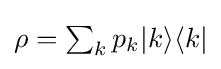
{\textstyle \rho =\sum _{k}p_{k}|k\rangle \langle k|}